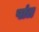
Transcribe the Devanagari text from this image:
षांत